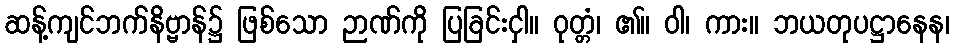
ဆန့်ကျင်ဘက်နိဗ္ဗာန်၌ ဖြစ်သော ဉာဏ်ကို ပြခြင်းငှါ။ ဝုတ္တံ၊ ၏။ ဝါ၊ ကား။ ဘယတုပဋ္ဌာနေန၊